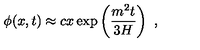
\phi ( x , t ) \approx c x \exp \left( { \frac { m ^ { 2 } t } { 3 H } } \right) \ ,